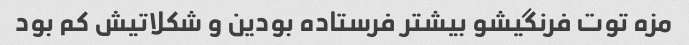
مزه توت فرنگیشو بیشتر فرستاده بودین و شکلاتیش کم بود